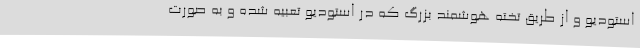
استودیو و از طریق تخته هوشمند بزرگ که در استودیو تعبیه شده و به صورت